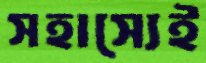
সহাস্যেই